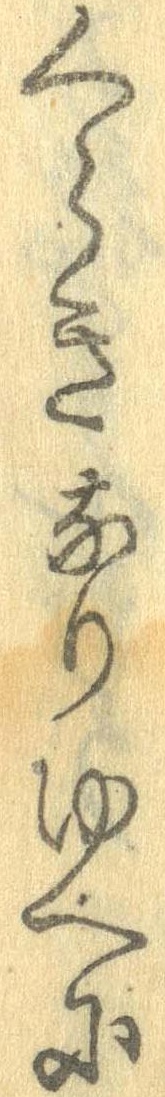
くらきなりゆへに